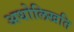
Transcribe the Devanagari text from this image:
अधोलिखति